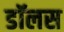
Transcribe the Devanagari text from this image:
डॉलस